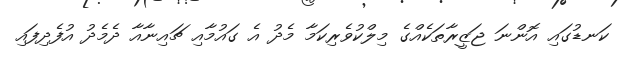
ކަނޑުގައި އޮންނަ ޖަޒީރާތަކެއްގެ މިލްކުވެރިކަމާ މެދު އެ ގައުމާއި ޗައިނާއާ ދެމެދު އުފެދިފައި